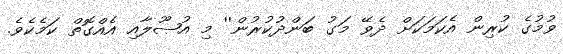
ވުމުގެ ކުރިން އެކަމަކަށް ދެވޭ މަގު ބަންދުކުރުން'' މި އުޞޫލާއި އެއްގޮތް ކަމެކެވެ.